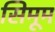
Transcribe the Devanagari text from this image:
सिमूम